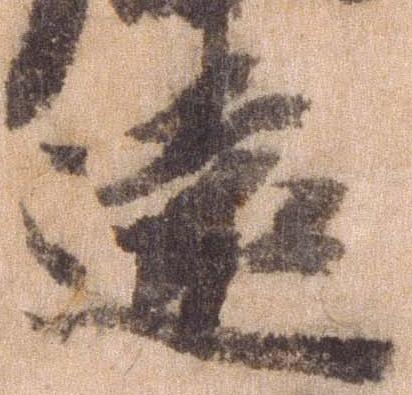
遠